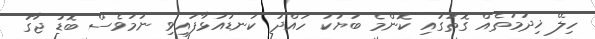
ހިލޭ ޚިދުމަތެއް ގޮތުގައި ކޮންމެ ބަޔަކު ހައްދު ކަނޑައަޅާފައިވި ނަމަވެސް ބޮޑު ޖާގަ